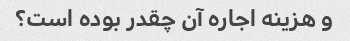
و هزینه اجاره آن چقدر بوده است؟